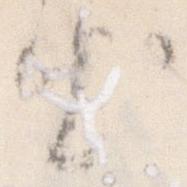
出